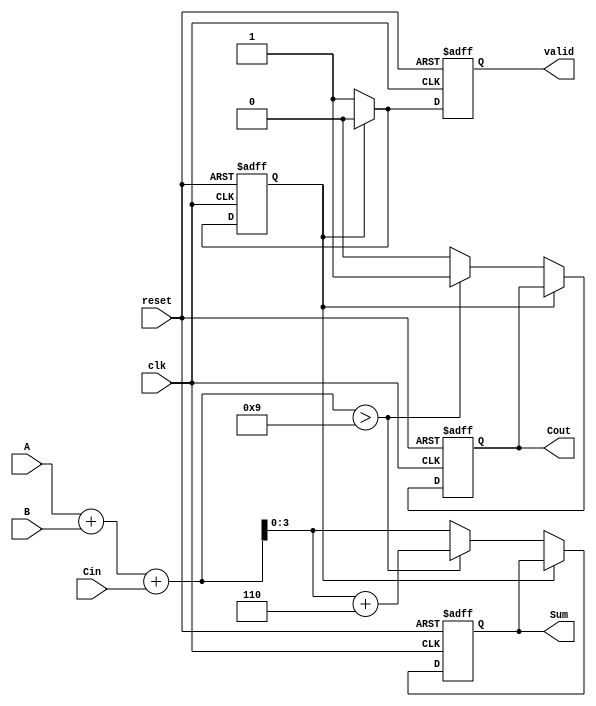
module BCD_Sequential_Adder (
    input wire [3:0] A,         // BCD digit A
    input wire [3:0] B,         // BCD digit B
    input wire Cin,             // Carry-in
    input wire clk,             // Clock signal
    input wire reset,           // Reset signal
    output reg [3:0] Sum,       // BCD Sum output
    output reg Cout,            // Carry-out
    output reg valid            // Valid output signal
);

  // Internal signals
  reg [4:0] temp_sum;          // Temporary sum (5 bits for carry)
  reg state;                   // State variable to indicate operation

  // Constants for correction
  localparam ADDITIONAL_CARRY = 4'd6; // BCD correction value

  always @(posedge clk or posedge reset) begin
    if (reset) begin
      Sum <= 4'b0000;          // Reset Sum
      Cout <= 1'b0;           // Reset Cout
      valid <= 1'b0;          // Reset valid signal
      state <= 1'b0;          // Reset state
    end else if (state == 1'b0) begin
      // Addition stage
      temp_sum = A + B + Cin; // Calculate sum with carry
      if (temp_sum > 4'd9) begin
        temp_sum = temp_sum + ADDITIONAL_CARRY; // BCD correction
        Cout <= 1'b1;         // Set carry-out
      end else begin
        Cout <= 1'b0;         // No carry-out
      end
      Sum <= temp_sum[3:0];  // Assign lower 4 bits to Sum
      valid <= 1'b1;          // Mark result as valid
      state <= 1'b1;          // Move to next state
    end else begin
      // Wait for next operation
      // To reset valid signal after one cycle
      valid <= 1'b0;
      state <= 1'b0;          // Return to initial state
    end
  end
endmodule